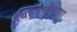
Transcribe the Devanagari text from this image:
बिहूउत्सवाचा